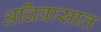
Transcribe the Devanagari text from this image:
अधिवासात